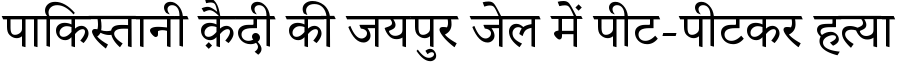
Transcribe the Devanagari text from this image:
पाकिस्तानी क़ैदी की जयपुर जेल में पीट-पीटकर हत्या